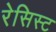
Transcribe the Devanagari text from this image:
रेसिस्ट